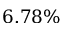
6 . 7 8 \%